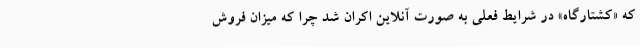
که «کشتارگاه» در شرایط فعلی به صورت آنلاین اکران شد چرا که میزان فروش